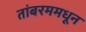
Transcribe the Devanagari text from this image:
तांबरममधून